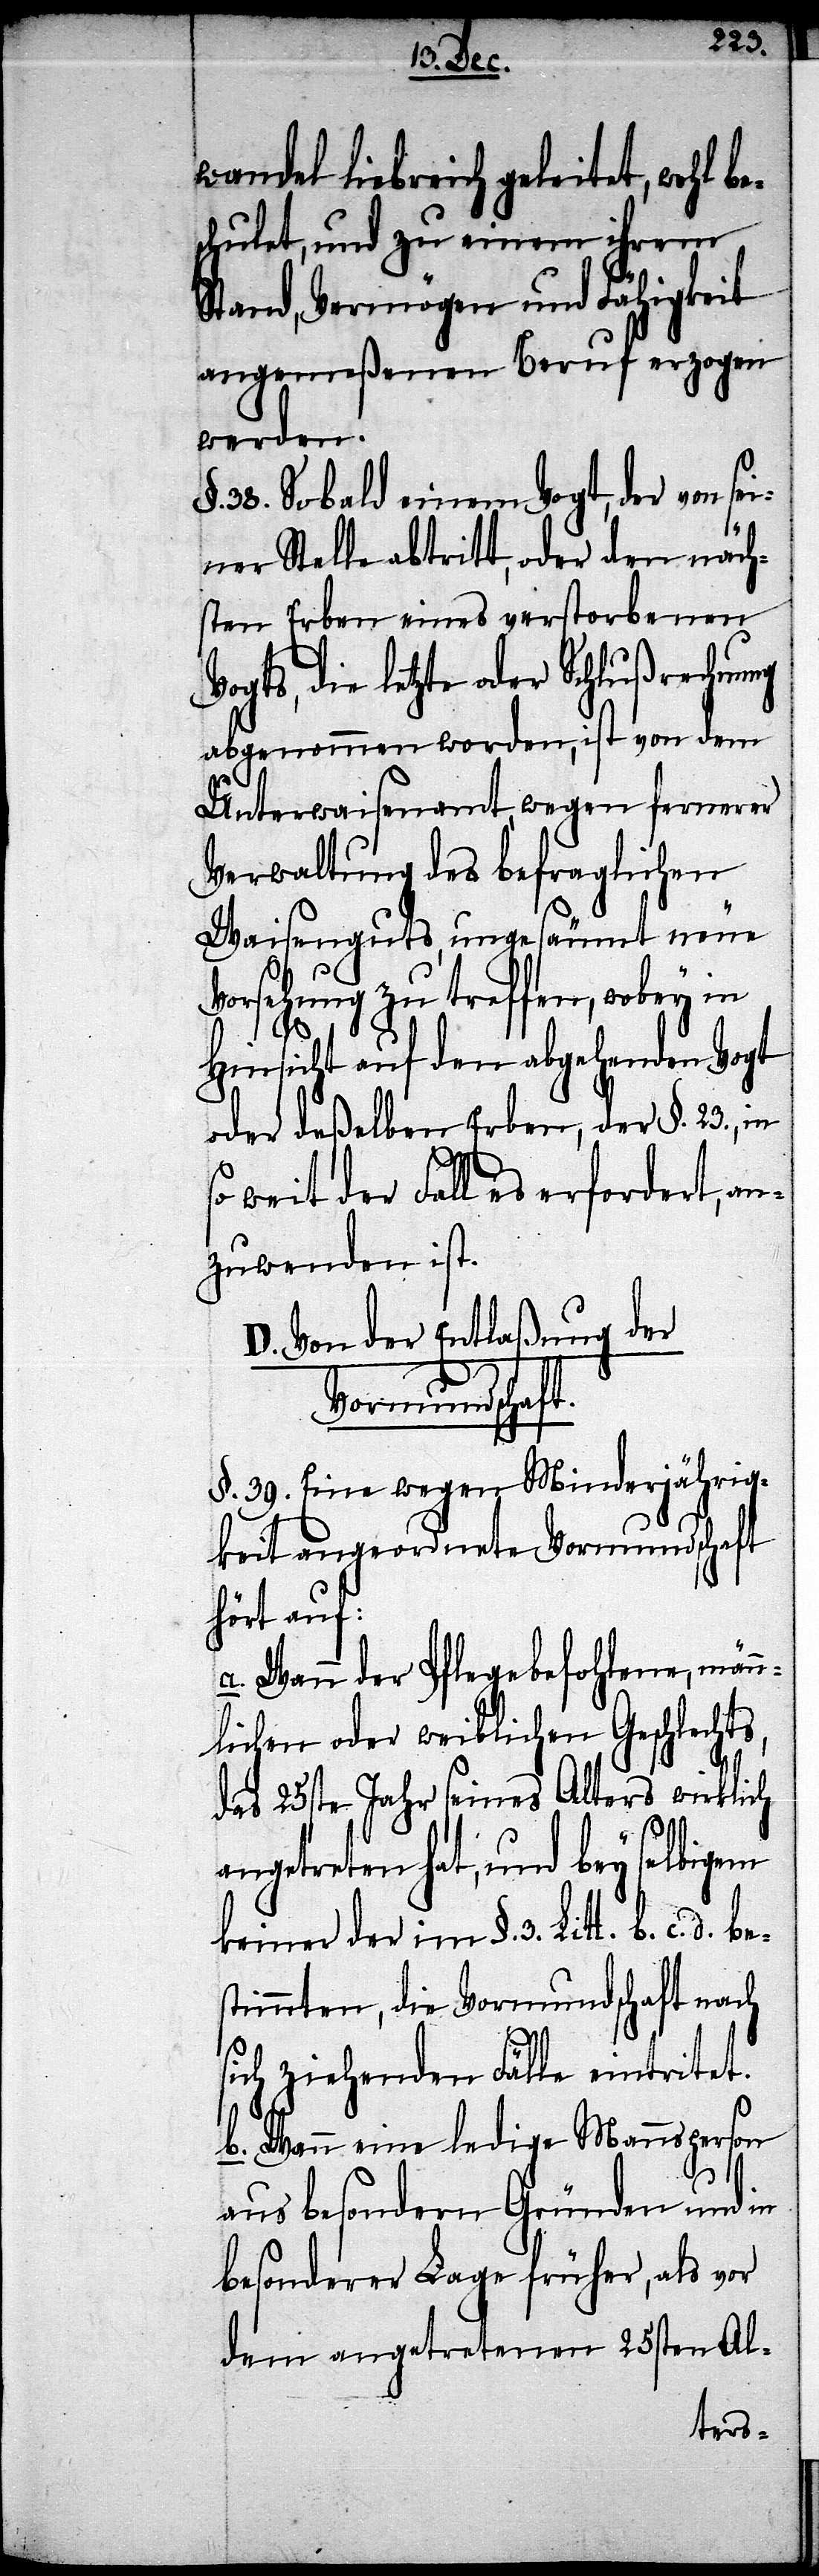
wandel liebreich geleitet, wohl be¬
schulet, und zu einem ihrem
Stand, Vermögen und Fähigkeit
angemeßenen Beruf erzogen
werden.
§. 38. Sobald einem Vogt, der von sei¬
ner Stelle abtritt, oder den näch¬
sten Erben eines verstorbenen
Vogts, die letzte oder Schlußrechnung
abgenommen worden, ist von dem
Unterwaisenamt, wegen fernerer
Verwaltung des befraglichen
Waisenguts, ungesäumt neue
Vorsehung zu treffen, wobey in
Hinsicht auf den abgehenden Vogt
oder deßelben Erben, der §. 23, in
weit der Fall es erfordert, an¬
zuwenden ist.
D. Von der Entlaßung der
Vormundschaft.
§. 39. Eine wegen Minderjährig¬
keit angeordnete Vormundschaft
hört auf:
a. Wann der Pflegebefohlene, män¬
nlichen oder weiblichen Geschlechts,
das 25sten Jahr seines Alters wirklich
angetreten hat, und bey selbigem
keiner der im §. 3. Litt. b. c. d.
timmten, die Vormundschaft nach
sich ziehenden Fälle eintritet.
b. Wann eine ledige Mannsperson
aus besondern Gründen und in
besonderer Lage früher, als vor
dem angetretenen 25sten Al-
bes¬